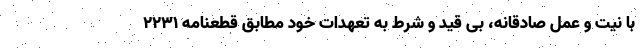
با نیت و عمل صادقانه، بی قید و شرط به تعهدات خود مطابق قطعنامه 2231